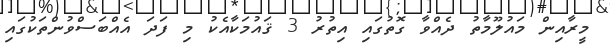
މީރާއިން މައުލޫމާތު ދެއްވާ ގޮތުގައި އިތުރު 3 ޤައުމަކާއެކު މި ފަދަ އެއްބަސްވުންތަކުގައި